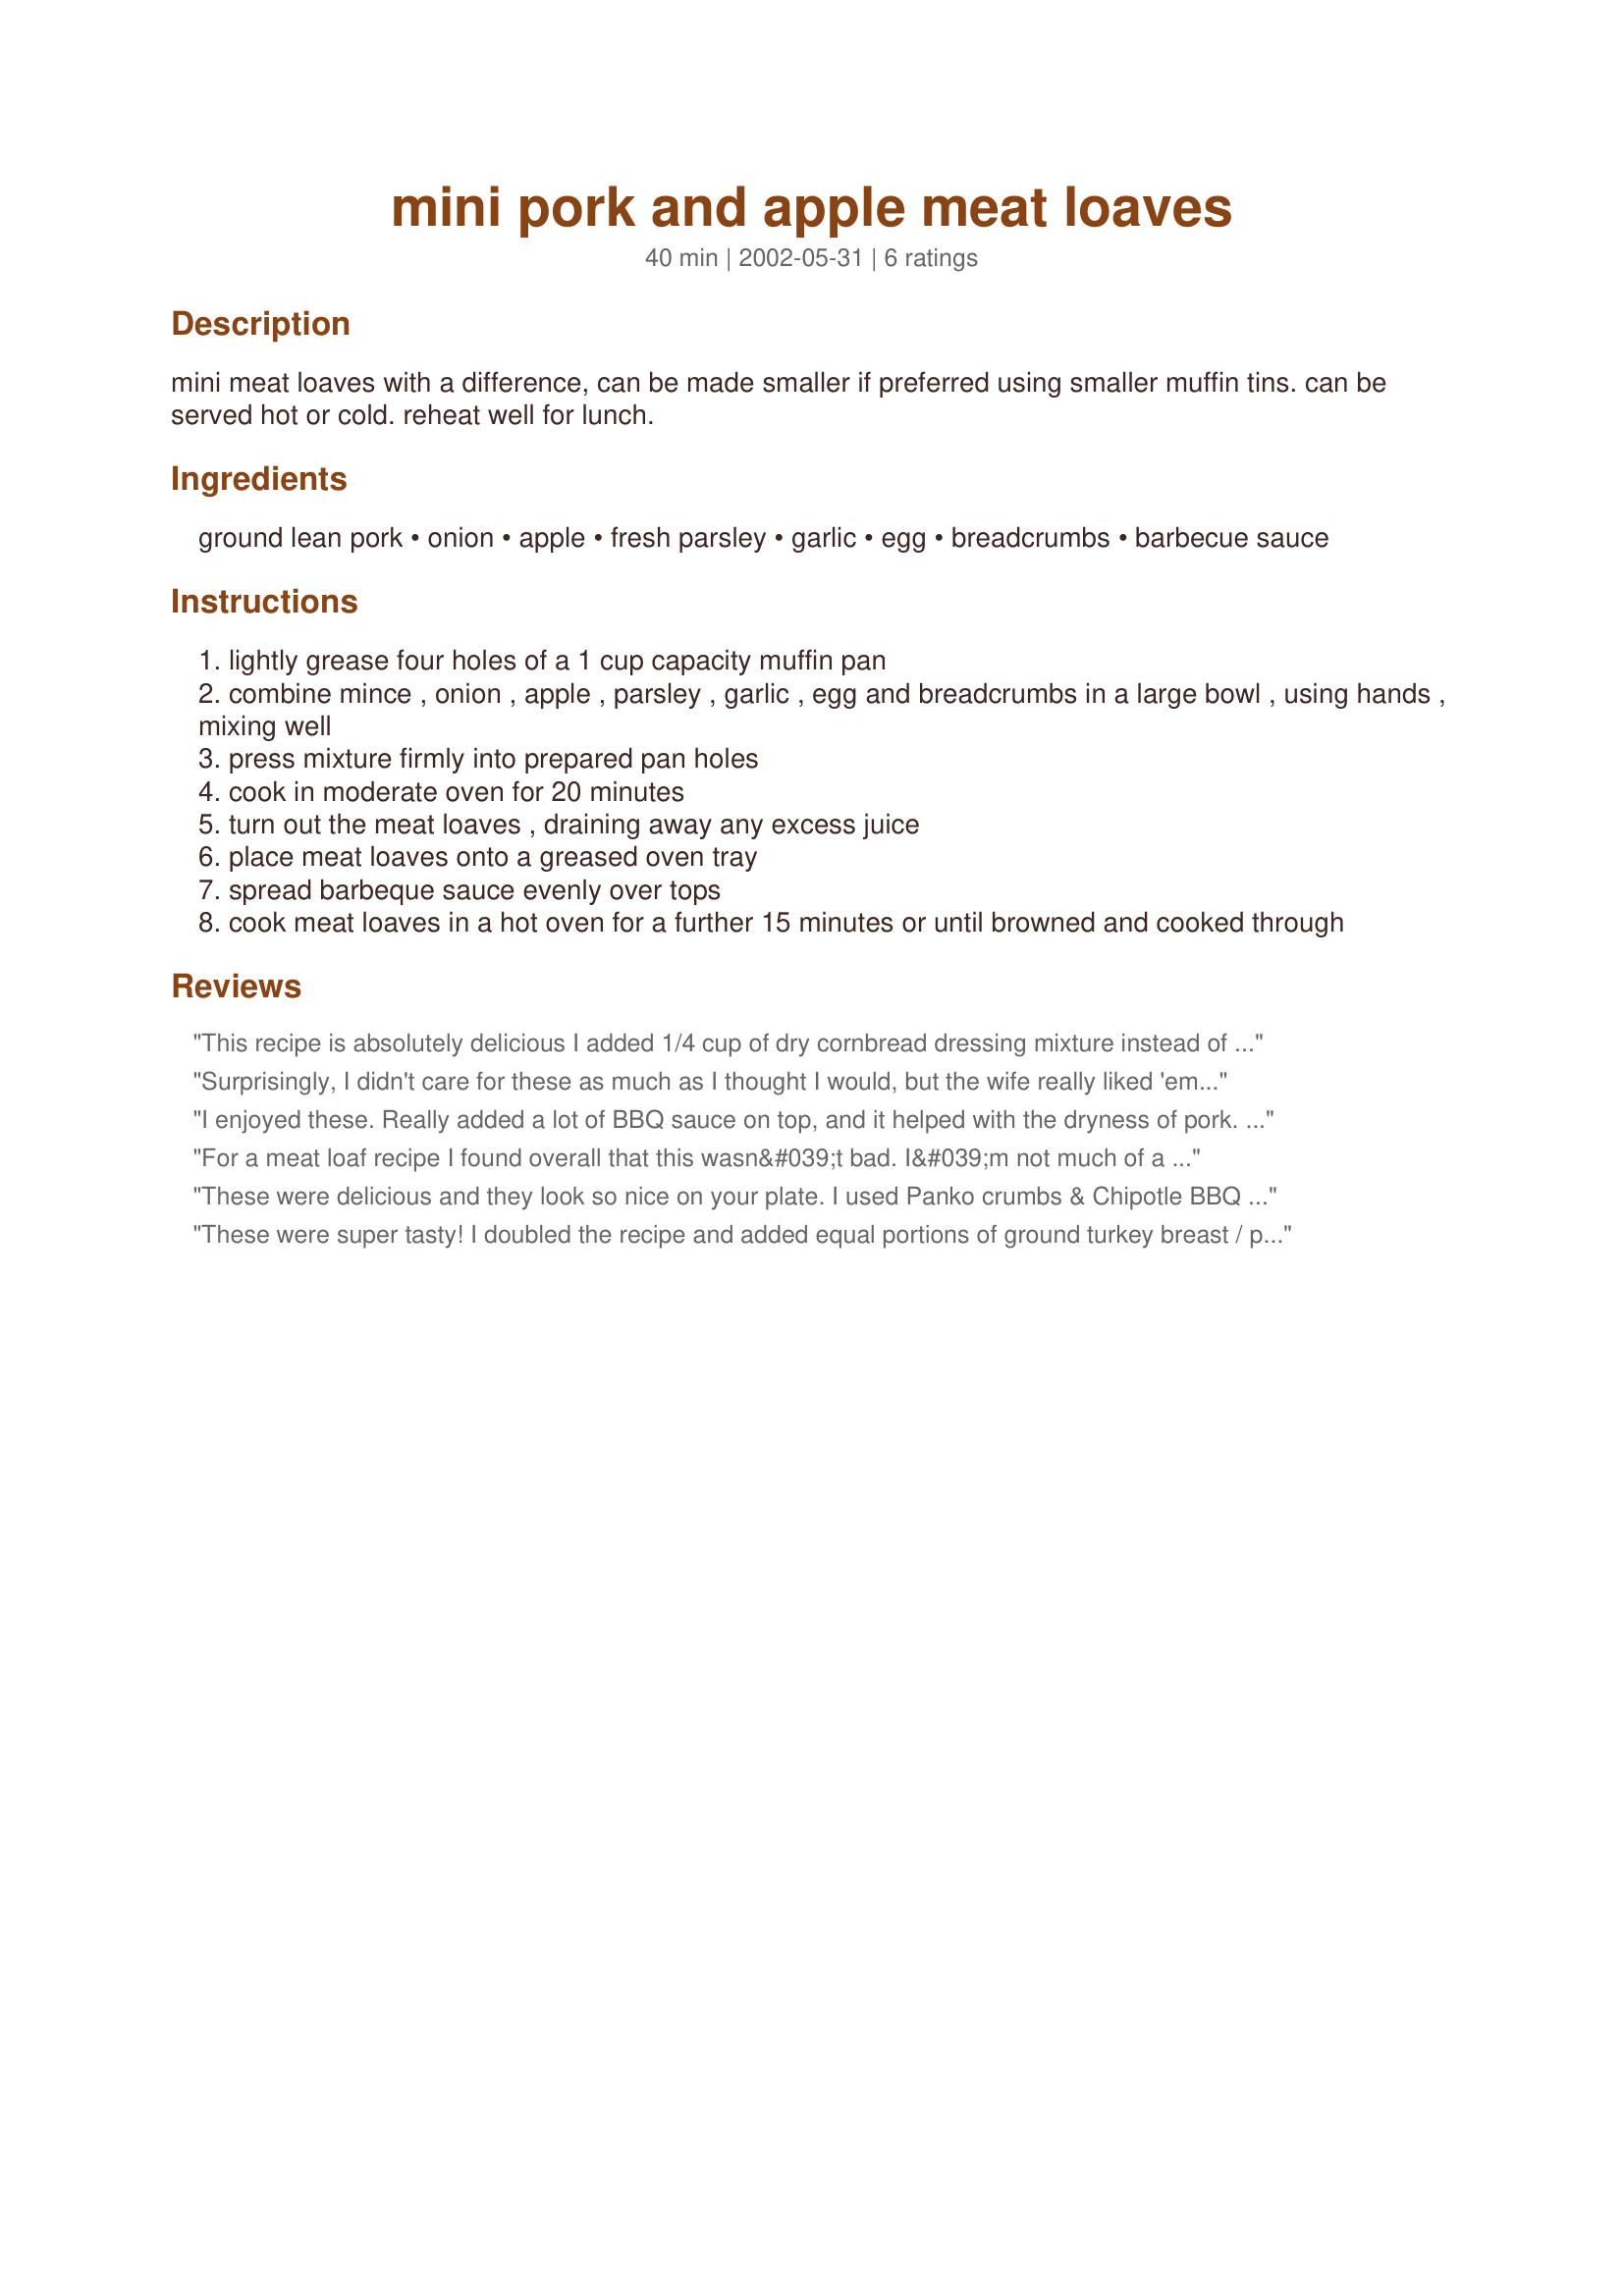
mini pork and apple meat loaves
Preparation time: 40 minutes

mini meat loaves with a difference, can be made smaller if preferred using smaller muffin tins. can be served hot or cold. reheat well for lunch.

Ingredients:
ground lean pork, onion, apple, fresh parsley, garlic, egg, breadcrumbs, barbecue sauce

Steps:
lightly grease four holes of a 1 cup capacity muffin pan
combine mince , onion , apple , parsley , garlic , egg and breadcrumbs in a large bowl , using hands , mixing well
press mixture firmly into prepared pan holes
cook in moderate oven for 20 minutes
turn out the meat loaves , draining away any excess juice
place meat loaves onto a greased oven tray
spread barbeque sauce evenly over tops
cook meat loaves in a hot oven for a further 15 minutes or until browned and cooked through

Reviews:
This recipe is absolutely delicious I added 1/4 cup of dry cornbread dressing mixture instead of bread crumbs &amp; omitted the parsley mainly because had none..it was so good....had 2 leftover meatloaves so chopped them up into a spaghetti sauce the next day ..my husband said OK this is what we should always use in spaghetti sauce from now on it was the best !! Thanks for the recipe..its a keeper !
Surprisingly, I didn't care for these as much as I thought I would, but the wife really liked 'em. THANKS!!!
I enjoyed these. Really added a lot of BBQ sauce on top, and it helped with the dryness of pork. They were fantastic the next day, sliced and made into sandwiches!
For a meat loaf recipe I found overall that this wasn&#039;t bad. I&#039;m not much of a meat loaf person but my husband does so every so often I&#039;ll venture out of the norm and try to see if I can find a meat loaf recipe that I&#039;ll enjoy. I liked the flavour that the apple gave but almost wish there was a bit more of an apple flavour. This could be from the type of apples I was using. What also might have contributed to not being able to taste the apple flavour as well is that I used Italian herbed bread crumbs (didn&#039;t have plain available at the time). Overall, it wasn&#039;t too bad and maybe with a bit of experimenting, I can give it more of the flavour I would like. Thanks for the recipe and my husband enjoyed this and took seconds.
These were delicious and they look so nice on your plate. I used Panko crumbs & Chipotle BBQ sauce. The bake time was a little longer - I did 20 minutes at 375 and then another 20 minutes at 400 with the BBQ sauce on them. Thanks for a lovely dinner
These were super tasty! I doubled the recipe and added equal portions of ground turkey breast / pork sausage. I added homemade BBQ sauce into the mixture and extra on top. I made 18 cupcake size muffins for about 113 cals each. Served with roasted carrots and green beans. My picky kids loved them!
